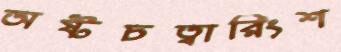
অষ্টচত্বারিংশ